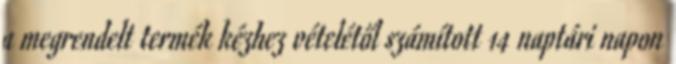
a megrendelt termék kézhez vételétől számított 14 naptári napon